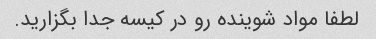
لطفا مواد شوینده رو در کیسه جدا بگزارید.